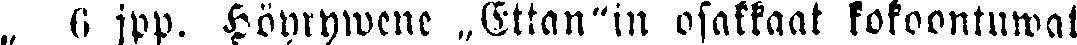
„ 6 jpp. Höyrywene „Ettan"in osakkaat kokoontuiwat